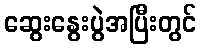
ဆွေးနွေးပွဲအပြီးတွင်